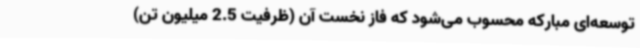
توسعه‌ای مبارکه محسوب می‌شود که فاز نخست آن (ظرفیت 2.5 میلیون تن)